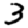
Digit: 3